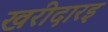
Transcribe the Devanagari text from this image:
खरीदारइ